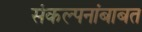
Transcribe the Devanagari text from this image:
संकल्पनांबाबत